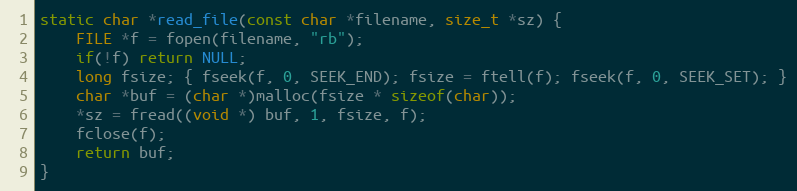
Language: C
static char *read_file(const char *filename, size_t *sz) {
	FILE *f = fopen(filename, "rb");
	if(!f) return NULL;
	long fsize; { fseek(f, 0, SEEK_END); fsize = ftell(f); fseek(f, 0, SEEK_SET); }
	char *buf = (char *)malloc(fsize * sizeof(char));
	*sz = fread((void *) buf, 1, fsize, f);
	fclose(f);
	return buf;
}